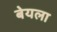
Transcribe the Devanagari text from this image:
बेयला